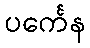
ပင်္ကေန